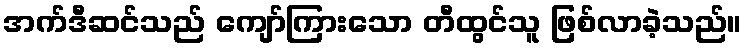
အက်ဒီဆင်သည် ကျော်ကြားသော တီထွင်သူ ဖြစ်လာခဲ့သည်။